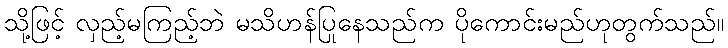
သို့ဖြင့် လှည့်မကြည့်ဘဲ မသိဟန်ပြုနေသည်က ပိုကောင်းမည်ဟုတွက်သည်။